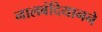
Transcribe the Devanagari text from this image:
नालबंदियानने